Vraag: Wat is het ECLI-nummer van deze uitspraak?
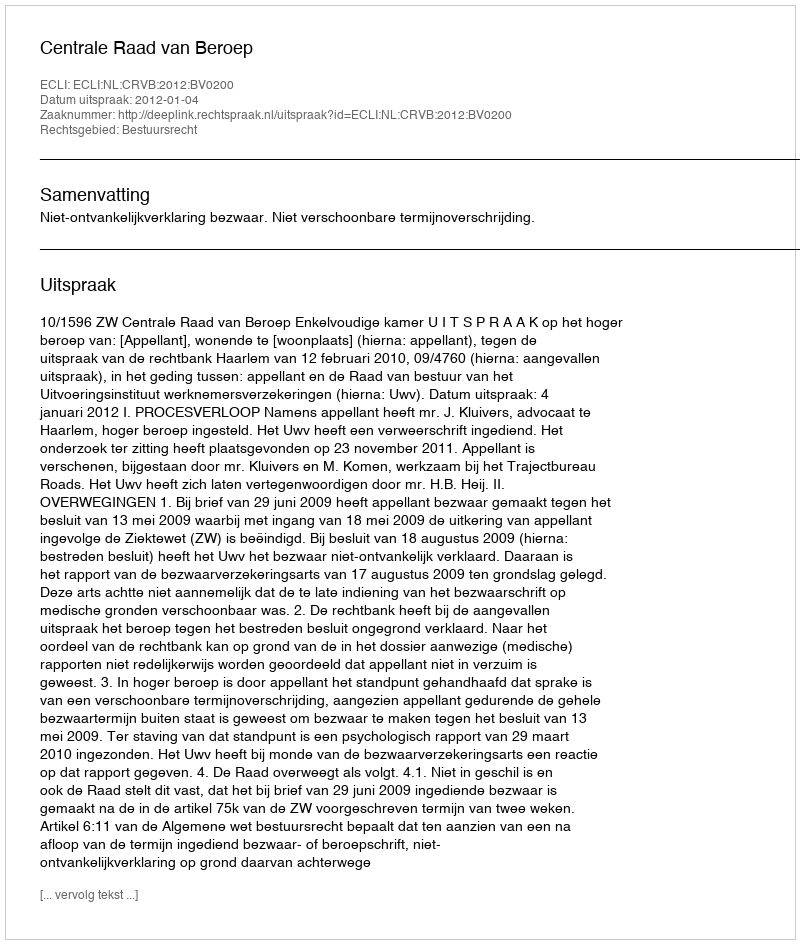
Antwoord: ECLI:NL:CRVB:2012:BV0200